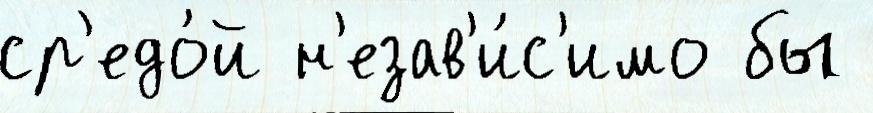
ср'едо́й н'езав'и́с'имо бы